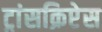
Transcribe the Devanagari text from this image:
ट्रांसक्रिप्टेस